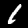
Label: 1